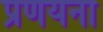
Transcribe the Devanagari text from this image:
प्रणयना